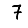
Digit: 7